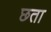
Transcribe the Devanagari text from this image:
छता